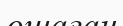
ошаған